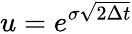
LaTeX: u=e^{\sigma{\sqrt{2\Delta t}}}